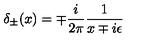
\delta _ { \pm } ( x ) = \mp { \frac { i } { 2 \pi } } { \frac { 1 } { x \mp i \epsilon } }